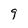
Character: 9